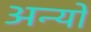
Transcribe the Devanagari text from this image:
अन्‍यों